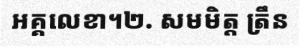
អគ្គលេខា។២. សមមិត្ត ត្រឹន